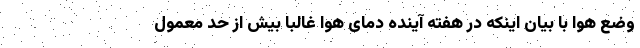
وضع هوا با بیان اینکه در هفته آینده دمای هوا غالبا بیش از حد معمول